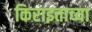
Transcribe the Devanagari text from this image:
किराइताच्या